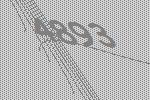
4893